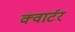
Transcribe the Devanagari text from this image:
क्‍वार्टर